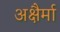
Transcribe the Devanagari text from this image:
अक्षैर्मा